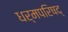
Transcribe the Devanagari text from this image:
धर्मपरिषद्